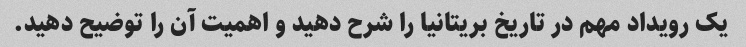
یک رویداد مهم در تاریخ بریتانیا را شرح دهید و اهمیت آن را توضیح دهید.